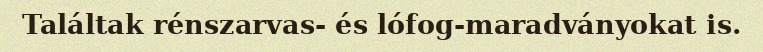
Találtak rénszarvas- és lófog-maradványokat is.